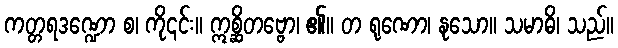
ကတ္တရဒဏ္ဍော စ၊ ကို၎င်း။ ဣစ္ဆိတဗ္ဗော၊ ၏။ တ ရုဏော၊ နုသော။ သမာဓိ၊ သည်။